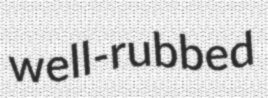
well-rubbed